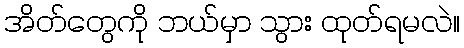
အိတ်တွေကို ဘယ်မှာ သွား ထုတ်ရမလဲ။